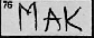
Transcription: MAK